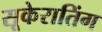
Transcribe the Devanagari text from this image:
सूकेरातिंग